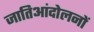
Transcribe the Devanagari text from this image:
जातिआंदोलनों